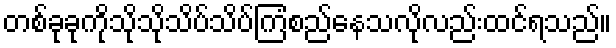
တစ်ခုခုကိုသိုသိုသိပ်သိပ်ကြံစည်နေသလိုလည်းထင်ရသည်။